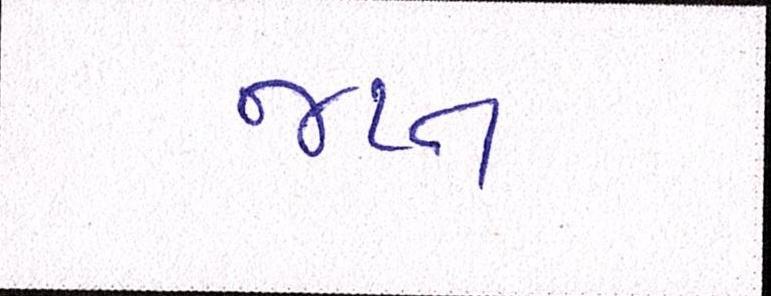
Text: જપ્ત